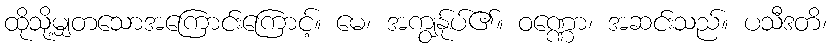
ထိုသို့မျှတသောအကြောင်းကြောင့်။ မေ၊ အကျွန်ုပ်၏။ ဝဏ္ဏော၊ အဆင်းသည်။ ပသီဒတိ၊